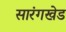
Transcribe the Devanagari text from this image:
सारंगखेड